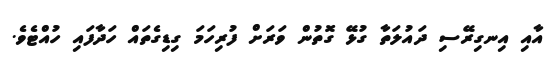
އާއި އިނގިރޭސި ދައުލަތާ ގުޅޭ ގޮތުން ވަރަށް ފުރިހަމަ ގިޑިގެތައް ހަދާފައި ހުއްޓެވެ.